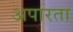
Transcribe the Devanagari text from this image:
अपारता